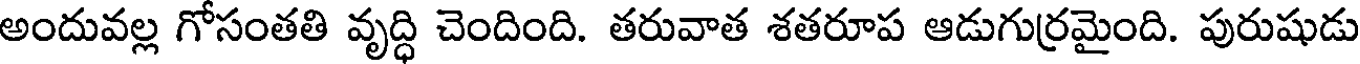
అందువల్ల గోసంతతి వృద్ధి చెందింది. తరువాత శతరూప ఆడుగుర్రమైంది. పురుషుడు